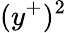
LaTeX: (y^{+})^{2}